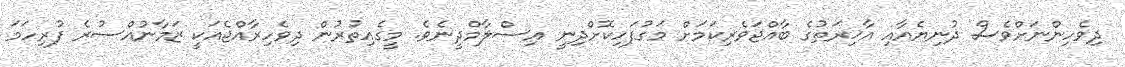
ދިވެހިންނަށްވެސް ދުނިޔެއާއި އާޚިރަތުގެ ބާއްޖަވެރިކަމަށް މަގުފަހިކޮށްދިނީ އިސްލާމްދީނެވެ. މީގެއިތުރުން ދިވެހިރާއްޖެއަކީ ޒަމާނުއްސުރެ ފުރިހަމަ